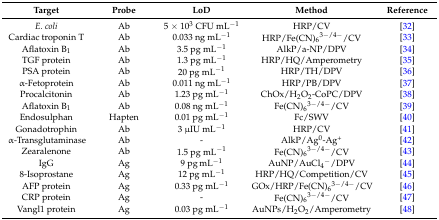
<table><thead><tr><td><b>Target</b></td><td><b>Probe</b></td><td><b>LoD</b></td><td><b>Method</b></td><td><b>Reference</b></td></tr></thead><tbody><tr><td><i>E. coli</i></td><td>Ab</td><td>5 × 10<sup>3</sup> CFU mL<sup>−1</sup></td><td>HRP/CV</td><td>[32]</td></tr><tr><td>Cardiac troponin T</td><td>Ab</td><td>0.033 ng mL<sup>−1</sup></td><td>HRP/Fe(CN)<sub>6</sub><sup>3−/4−</sup>/CV</td><td>[33]</td></tr><tr><td>Aflatoxin B<sub>1</sub></td><td>Ab</td><td>3.5 pg mL<sup>−1</sup></td><td>AlkP/a-NP/DPV</td><td>[34]</td></tr><tr><td>TGF protein</td><td>Ab</td><td>1.3 pg mL<sup>−1</sup></td><td>HRP/HQ/Amperometry</td><td>[35]</td></tr><tr><td>PSA protein</td><td>Ab</td><td>20 pg mL<sup>−1</sup></td><td>HRP/TH/DPV</td><td>[36]</td></tr><tr><td>α-Fetoprotein</td><td>Ab</td><td>0.011 ng mL<sup>−1</sup></td><td>HRP/PB/DPV</td><td>[37]</td></tr><tr><td>Procalcitonin</td><td>Ab</td><td>1.23 pg mL<sup>−1</sup></td><td>ChOx/H<sub>2</sub>O<sub>2</sub>-CoPC/DPV</td><td>[38]</td></tr><tr><td>Aflatoxin B<sub>1</sub></td><td>Ab</td><td>0.08 ng mL<sup>−1</sup></td><td>Fe(CN)<sub>6</sub><sup>3−/4−</sup>/CV</td><td>[39]</td></tr><tr><td>Endosulphan</td><td>Hapten</td><td>0.01 pg mL<sup>−1</sup></td><td>Fc/SWV</td><td>[40]</td></tr><tr><td>Gonadotrophin</td><td>Ab</td><td>3 μIU mL<sup>−1</sup></td><td>HRP/CV</td><td>[41]</td></tr><tr><td>α-Transglutaminase</td><td>Ab</td><td>-</td><td>AlkP/Ag<sup>0</sup>-Ag<sup>+</sup></td><td>[42]</td></tr><tr><td>Zearalenone</td><td>Ab</td><td>1.5 pg mL<sup>−1</sup></td><td>Fe(CN)<sub>6</sub><sup>3−/4−</sup>/CV</td><td>[43]</td></tr><tr><td>IgG</td><td>Ag</td><td>9 pg mL<sup>−1</sup></td><td>AuNP/AuCl<sub>4</sub><sup>−</sup>/DPV</td><td>[44]</td></tr><tr><td>8-Isoprostane</td><td>Ag</td><td>12 pg mL<sup>−1</sup></td><td>HRP/HQ/Competition/CV</td><td>[45]</td></tr><tr><td>AFP protein</td><td>Ag</td><td>0.33 pg mL<sup>−1</sup></td><td>GOx/HRP/Fe(CN)<sub>6</sub><sup>3−/4−</sup>/CV</td><td>[46]</td></tr><tr><td>CRP protein</td><td>Ag</td><td>-</td><td>Fe(CN)<sub>6</sub><sup>3−/4−</sup>/CV</td><td>[47]</td></tr><tr><td>Vangl1 protein</td><td>Ag</td><td>0.03 pg mL<sup>−1</sup></td><td>AuNPs/H<sub>2</sub>O<sub>2</sub>/Amperometry</td><td>[48]</td></tr></tbody></table>